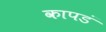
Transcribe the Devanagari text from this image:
कापडं